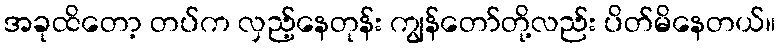
အခုထိတော့ တပ်က လှည့်နေတုန်း ကျွန်တော်တို့လည်း ပိတ်မိနေတယ်။